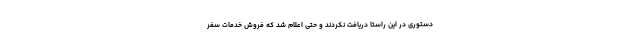
دستوری در این راستا دریافت نکردند و حتی اعلام شد که فروش خدمات سفر